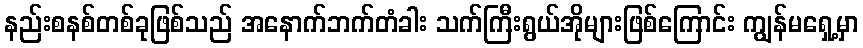
နည်းစနစ်တစ်ခုဖြစ်သည် အနောက်ဘက်တံခါး သက်ကြီးရွယ်အိုများဖြစ်ကြောင်း ကျွန်မရှေ့မှာ